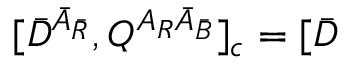
\lbrack \bar { D } ^ { \bar { A } _ { \bar { R } } } , Q ^ { A _ { R } \bar { A } _ { \bar { B } } } ] _ { c } = [ \bar { D }